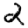
Digit: 2